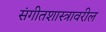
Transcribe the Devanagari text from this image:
संगीतशास्त्रावरील